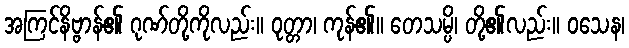
အကြင်နိဗ္ဗာန်၏ ဂုဏ်တို့ကိုလည်း။ ဝုတ္တာ၊ ကုန်၏။ တေသမ္ပိ၊ တို့၏လည်း။ ဝသေန၊